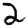
Digit: 2